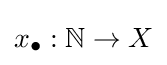
x_{\bullet }:\mathbb {N} \to X